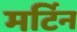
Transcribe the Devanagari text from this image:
मर्टिन